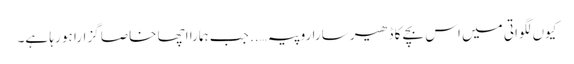
کیوں لگواتی میں اس بچے کا ڈھیر سارا روپیہ….. جب ہمارا اچھا خاصا گزارا ہو رہا ہے۔